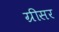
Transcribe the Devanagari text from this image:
ग्रीसर